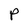
Character: P